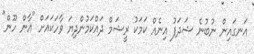
އަނގައިން ނުބުނެ ޝަދަފު އިނެއް ކަމަކު ރީޝަމް ދައްކަމުންދިޔަ ވާހަކައަށް "އާން ހޫން"